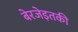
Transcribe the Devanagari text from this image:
बेरजेइतकी